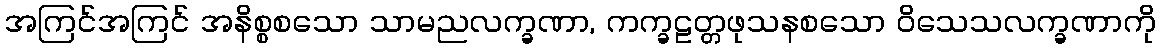
အကြင်အကြင် အနိစ္စစသော သာမညလက္ခဏာ, ကက္ခဠတ္တဖုသနစသော ဝိသေသလက္ခဏာကို